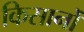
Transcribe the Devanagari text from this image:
किसानोँ